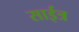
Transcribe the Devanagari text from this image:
साईत्र